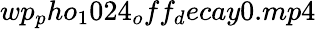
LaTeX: wp_{p}ho_{1}024_{o}ff_{d}ecay0.mp4